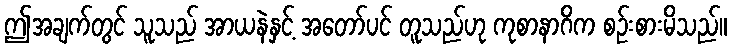
ဤအချက်တွင် သူသည် အာယနဲနှင့် အတော်ပင် တူသည်ဟု ကုစာနာဂိက စဉ်းစားမိသည်။